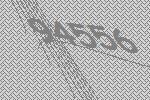
94556